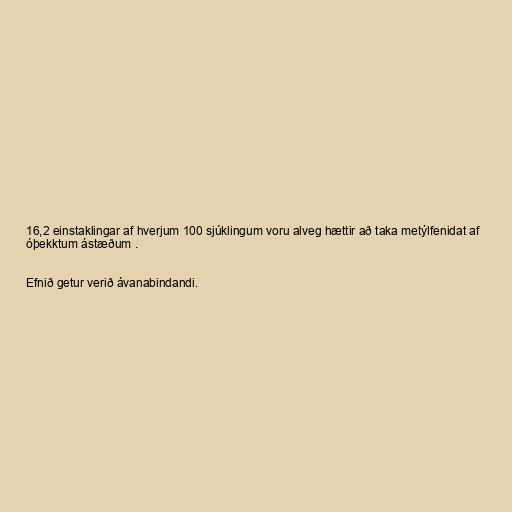
16,2 einstaklingar af hverjum 100 sjúklingum voru alveg hættir að taka metýlfenidat af
óþekktum ástæðum .

Efnið getur verið ávanabindandi.